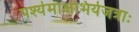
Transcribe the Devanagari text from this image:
पश्येमाक्षभिर्यजत्राः